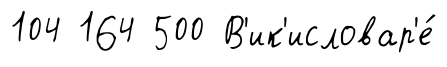
104 164 500 В'ик'исловар'е́